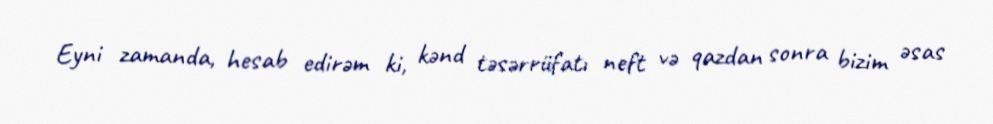
Eyni zamanda, hesab edirəm ki, kənd təsərrüfatı neft və qazdan sonra bizim əsas